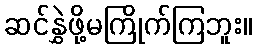
ဆင်နွှဲဖို့မကြိုက်ကြဘူး။